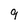
Character: 9